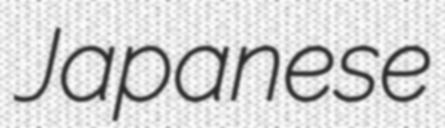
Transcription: Japanese